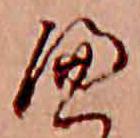
へ